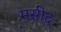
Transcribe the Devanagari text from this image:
मसीद